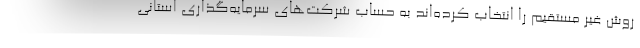
روش غیر مستقیم را انتخاب کرده‌اند به حساب شرکت‌های سرمایه‌گذاری استانی